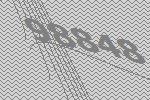
98848